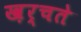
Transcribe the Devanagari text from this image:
ख़र्चते